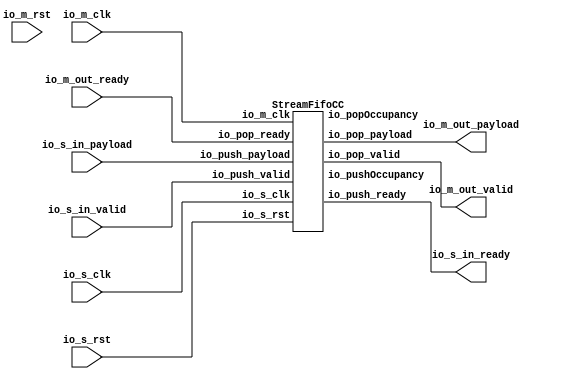
// Generator : SpinalHDL v1.7.0a    git head : 150a9b9067020722818dfb17df4a23ac712a7af8
// Component : streamFIFOCC_1
// Git hash  : 3a903e741cbbe310a98c75dc1ebbd289cb1c87a4

`timescale 1ns/1ps

module streamFIFOCC_1 (
  input               io_s_in_valid,
  output              io_s_in_ready,
  input      [31:0]   io_s_in_payload,
  output              io_m_out_valid,
  input               io_m_out_ready,
  output     [31:0]   io_m_out_payload,
  input               io_s_clk,
  input               io_s_rst,
  input               io_m_clk,
  input               io_m_rst
);

  wire                FIFOCC_io_push_ready;
  wire                FIFOCC_io_pop_valid;
  wire       [31:0]   FIFOCC_io_pop_payload;
  wire       [3:0]    FIFOCC_io_pushOccupancy;
  wire       [3:0]    FIFOCC_io_popOccupancy;

  StreamFifoCC FIFOCC (
    .io_push_valid    (io_s_in_valid               ), //i
    .io_push_ready    (FIFOCC_io_push_ready        ), //o
    .io_push_payload  (io_s_in_payload[31:0]       ), //i
    .io_pop_valid     (FIFOCC_io_pop_valid         ), //o
    .io_pop_ready     (io_m_out_ready              ), //i
    .io_pop_payload   (FIFOCC_io_pop_payload[31:0] ), //o
    .io_pushOccupancy (FIFOCC_io_pushOccupancy[3:0]), //o
    .io_popOccupancy  (FIFOCC_io_popOccupancy[3:0] ), //o
    .io_s_clk         (io_s_clk                    ), //i
    .io_s_rst         (io_s_rst                    ), //i
    .io_m_clk         (io_m_clk                    )  //i
  );
  assign io_s_in_ready = FIFOCC_io_push_ready;
  assign io_m_out_valid = FIFOCC_io_pop_valid;
  assign io_m_out_payload = FIFOCC_io_pop_payload;

endmodule

module StreamFifoCC (
  input               io_push_valid,
  output              io_push_ready,
  input      [31:0]   io_push_payload,
  output              io_pop_valid,
  input               io_pop_ready,
  output     [31:0]   io_pop_payload,
  output     [3:0]    io_pushOccupancy,
  output     [3:0]    io_popOccupancy,
  input               io_s_clk,
  input               io_s_rst,
  input               io_m_clk
);

  reg        [31:0]   _zz_ram_port1;
  wire       [3:0]    popToPushGray_buffercc_io_dataOut;
  wire                bufferCC_3_io_dataOut;
  wire       [3:0]    pushToPopGray_buffercc_io_dataOut;
  wire       [3:0]    _zz_pushCC_pushPtrGray;
  wire       [2:0]    _zz_ram_port;
  wire       [3:0]    _zz_popCC_popPtrGray;
  wire       [2:0]    _zz_ram_port_1;
  wire                _zz_ram_port_2;
  wire       [2:0]    _zz_io_pop_payload_1;
  wire                _zz_io_pop_payload_2;
  reg                 _zz_1;
  wire       [3:0]    popToPushGray;
  wire       [3:0]    pushToPopGray;
  reg        [3:0]    pushCC_pushPtr;
  wire       [3:0]    pushCC_pushPtrPlus;
  wire                io_push_fire;
  reg        [3:0]    pushCC_pushPtrGray;
  wire       [3:0]    pushCC_popPtrGray;
  wire                pushCC_full;
  wire                io_push_fire_1;
  wire                _zz_io_pushOccupancy;
  wire                _zz_io_pushOccupancy_1;
  wire                _zz_io_pushOccupancy_2;
  wire                toplevel_io_s_rst_syncronized;
  reg        [3:0]    popCC_popPtr;
  wire       [3:0]    popCC_popPtrPlus;
  wire                io_pop_fire;
  reg        [3:0]    popCC_popPtrGray;
  wire       [3:0]    popCC_pushPtrGray;
  wire                popCC_empty;
  wire                io_pop_fire_1;
  wire       [3:0]    _zz_io_pop_payload;
  wire                io_pop_fire_2;
  wire                _zz_io_popOccupancy;
  wire                _zz_io_popOccupancy_1;
  wire                _zz_io_popOccupancy_2;
  reg [31:0] ram [0:7];

  assign _zz_pushCC_pushPtrGray = (pushCC_pushPtrPlus >>> 1'b1);
  assign _zz_ram_port = pushCC_pushPtr[2:0];
  assign _zz_popCC_popPtrGray = (popCC_popPtrPlus >>> 1'b1);
  assign _zz_io_pop_payload_1 = _zz_io_pop_payload[2:0];
  assign _zz_io_pop_payload_2 = 1'b1;
  always @(posedge io_s_clk) begin
    if(_zz_1) begin
      ram[_zz_ram_port] <= io_push_payload;
    end
  end

  always @(posedge io_m_clk) begin
    if(_zz_io_pop_payload_2) begin
      _zz_ram_port1 <= ram[_zz_io_pop_payload_1];
    end
  end

  BufferCC popToPushGray_buffercc (
    .io_dataIn  (popToPushGray[3:0]                    ), //i
    .io_dataOut (popToPushGray_buffercc_io_dataOut[3:0]), //o
    .io_s_clk   (io_s_clk                              ), //i
    .io_s_rst   (io_s_rst                              )  //i
  );
  BufferCC_1 bufferCC_3 (
    .io_dataIn  (1'b0                 ), //i
    .io_dataOut (bufferCC_3_io_dataOut), //o
    .io_m_clk   (io_m_clk             ), //i
    .io_s_rst   (io_s_rst             )  //i
  );
  BufferCC_2 pushToPopGray_buffercc (
    .io_dataIn                     (pushToPopGray[3:0]                    ), //i
    .io_dataOut                    (pushToPopGray_buffercc_io_dataOut[3:0]), //o
    .io_m_clk                      (io_m_clk                              ), //i
    .toplevel_io_s_rst_syncronized (toplevel_io_s_rst_syncronized         )  //i
  );
  always @(*) begin
    _zz_1 = 1'b0;
    if(io_push_fire_1) begin
      _zz_1 = 1'b1;
    end
  end

  assign pushCC_pushPtrPlus = (pushCC_pushPtr + 4'b0001);
  assign io_push_fire = (io_push_valid && io_push_ready);
  assign pushCC_popPtrGray = popToPushGray_buffercc_io_dataOut;
  assign pushCC_full = ((pushCC_pushPtrGray[3 : 2] == (~ pushCC_popPtrGray[3 : 2])) && (pushCC_pushPtrGray[1 : 0] == pushCC_popPtrGray[1 : 0]));
  assign io_push_ready = (! pushCC_full);
  assign io_push_fire_1 = (io_push_valid && io_push_ready);
  assign _zz_io_pushOccupancy = (pushCC_popPtrGray[1] ^ _zz_io_pushOccupancy_1);
  assign _zz_io_pushOccupancy_1 = (pushCC_popPtrGray[2] ^ _zz_io_pushOccupancy_2);
  assign _zz_io_pushOccupancy_2 = pushCC_popPtrGray[3];
  assign io_pushOccupancy = (pushCC_pushPtr - {_zz_io_pushOccupancy_2,{_zz_io_pushOccupancy_1,{_zz_io_pushOccupancy,(pushCC_popPtrGray[0] ^ _zz_io_pushOccupancy)}}});
  assign toplevel_io_s_rst_syncronized = bufferCC_3_io_dataOut;
  assign popCC_popPtrPlus = (popCC_popPtr + 4'b0001);
  assign io_pop_fire = (io_pop_valid && io_pop_ready);
  assign popCC_pushPtrGray = pushToPopGray_buffercc_io_dataOut;
  assign popCC_empty = (popCC_popPtrGray == popCC_pushPtrGray);
  assign io_pop_valid = (! popCC_empty);
  assign io_pop_fire_1 = (io_pop_valid && io_pop_ready);
  assign _zz_io_pop_payload = (io_pop_fire_1 ? popCC_popPtrPlus : popCC_popPtr);
  assign io_pop_payload = _zz_ram_port1;
  assign io_pop_fire_2 = (io_pop_valid && io_pop_ready);
  assign _zz_io_popOccupancy = (popCC_pushPtrGray[1] ^ _zz_io_popOccupancy_1);
  assign _zz_io_popOccupancy_1 = (popCC_pushPtrGray[2] ^ _zz_io_popOccupancy_2);
  assign _zz_io_popOccupancy_2 = popCC_pushPtrGray[3];
  assign io_popOccupancy = ({_zz_io_popOccupancy_2,{_zz_io_popOccupancy_1,{_zz_io_popOccupancy,(popCC_pushPtrGray[0] ^ _zz_io_popOccupancy)}}} - popCC_popPtr);
  assign pushToPopGray = pushCC_pushPtrGray;
  assign popToPushGray = popCC_popPtrGray;
  always @(posedge io_s_clk or posedge io_s_rst) begin
    if(io_s_rst) begin
      pushCC_pushPtr <= 4'b0000;
      pushCC_pushPtrGray <= 4'b0000;
    end else begin
      if(io_push_fire) begin
        pushCC_pushPtrGray <= (_zz_pushCC_pushPtrGray ^ pushCC_pushPtrPlus);
      end
      if(io_push_fire_1) begin
        pushCC_pushPtr <= pushCC_pushPtrPlus;
      end
    end
  end

  always @(posedge io_m_clk or posedge toplevel_io_s_rst_syncronized) begin
    if(toplevel_io_s_rst_syncronized) begin
      popCC_popPtr <= 4'b0000;
      popCC_popPtrGray <= 4'b0000;
    end else begin
      if(io_pop_fire) begin
        popCC_popPtrGray <= (_zz_popCC_popPtrGray ^ popCC_popPtrPlus);
      end
      if(io_pop_fire_2) begin
        popCC_popPtr <= popCC_popPtrPlus;
      end
    end
  end


endmodule

module BufferCC_2 (
  input      [3:0]    io_dataIn,
  output     [3:0]    io_dataOut,
  input               io_m_clk,
  input               toplevel_io_s_rst_syncronized
);

  (* async_reg = "true" *) reg        [3:0]    buffers_0;
  (* async_reg = "true" *) reg        [3:0]    buffers_1;

  assign io_dataOut = buffers_1;
  always @(posedge io_m_clk or posedge toplevel_io_s_rst_syncronized) begin
    if(toplevel_io_s_rst_syncronized) begin
      buffers_0 <= 4'b0000;
      buffers_1 <= 4'b0000;
    end else begin
      buffers_0 <= io_dataIn;
      buffers_1 <= buffers_0;
    end
  end


endmodule

module BufferCC_1 (
  input               io_dataIn,
  output              io_dataOut,
  input               io_m_clk,
  input               io_s_rst
);

  (* async_reg = "true" *) reg                 buffers_0;
  (* async_reg = "true" *) reg                 buffers_1;

  assign io_dataOut = buffers_1;
  always @(posedge io_m_clk or posedge io_s_rst) begin
    if(io_s_rst) begin
      buffers_0 <= 1'b1;
      buffers_1 <= 1'b1;
    end else begin
      buffers_0 <= io_dataIn;
      buffers_1 <= buffers_0;
    end
  end


endmodule

module BufferCC (
  input      [3:0]    io_dataIn,
  output     [3:0]    io_dataOut,
  input               io_s_clk,
  input               io_s_rst
);

  (* async_reg = "true" *) reg        [3:0]    buffers_0;
  (* async_reg = "true" *) reg        [3:0]    buffers_1;

  assign io_dataOut = buffers_1;
  always @(posedge io_s_clk or posedge io_s_rst) begin
    if(io_s_rst) begin
      buffers_0 <= 4'b0000;
      buffers_1 <= 4'b0000;
    end else begin
      buffers_0 <= io_dataIn;
      buffers_1 <= buffers_0;
    end
  end


endmodule